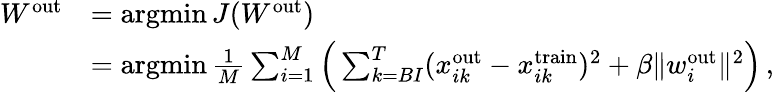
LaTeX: \begin{array}{rl}{W^{\mathrm{out}}}&{=\operatorname*{argmin}J(W^{\mathrm{out}})}\\ &{=\operatorname*{argmin}\frac{1}{M}\sum_{i=1}^{M}\Big(\sum_{k=BI}^{T}(x_{ik}^{\mathrm{out}}-x_{ik}^{\mathrm{train}})^{2}+\beta\| w_{i}^{\mathrm{out}}\| ^{2}\Big)\, ,}\end{array}